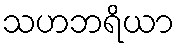
သဟဘရိယာ